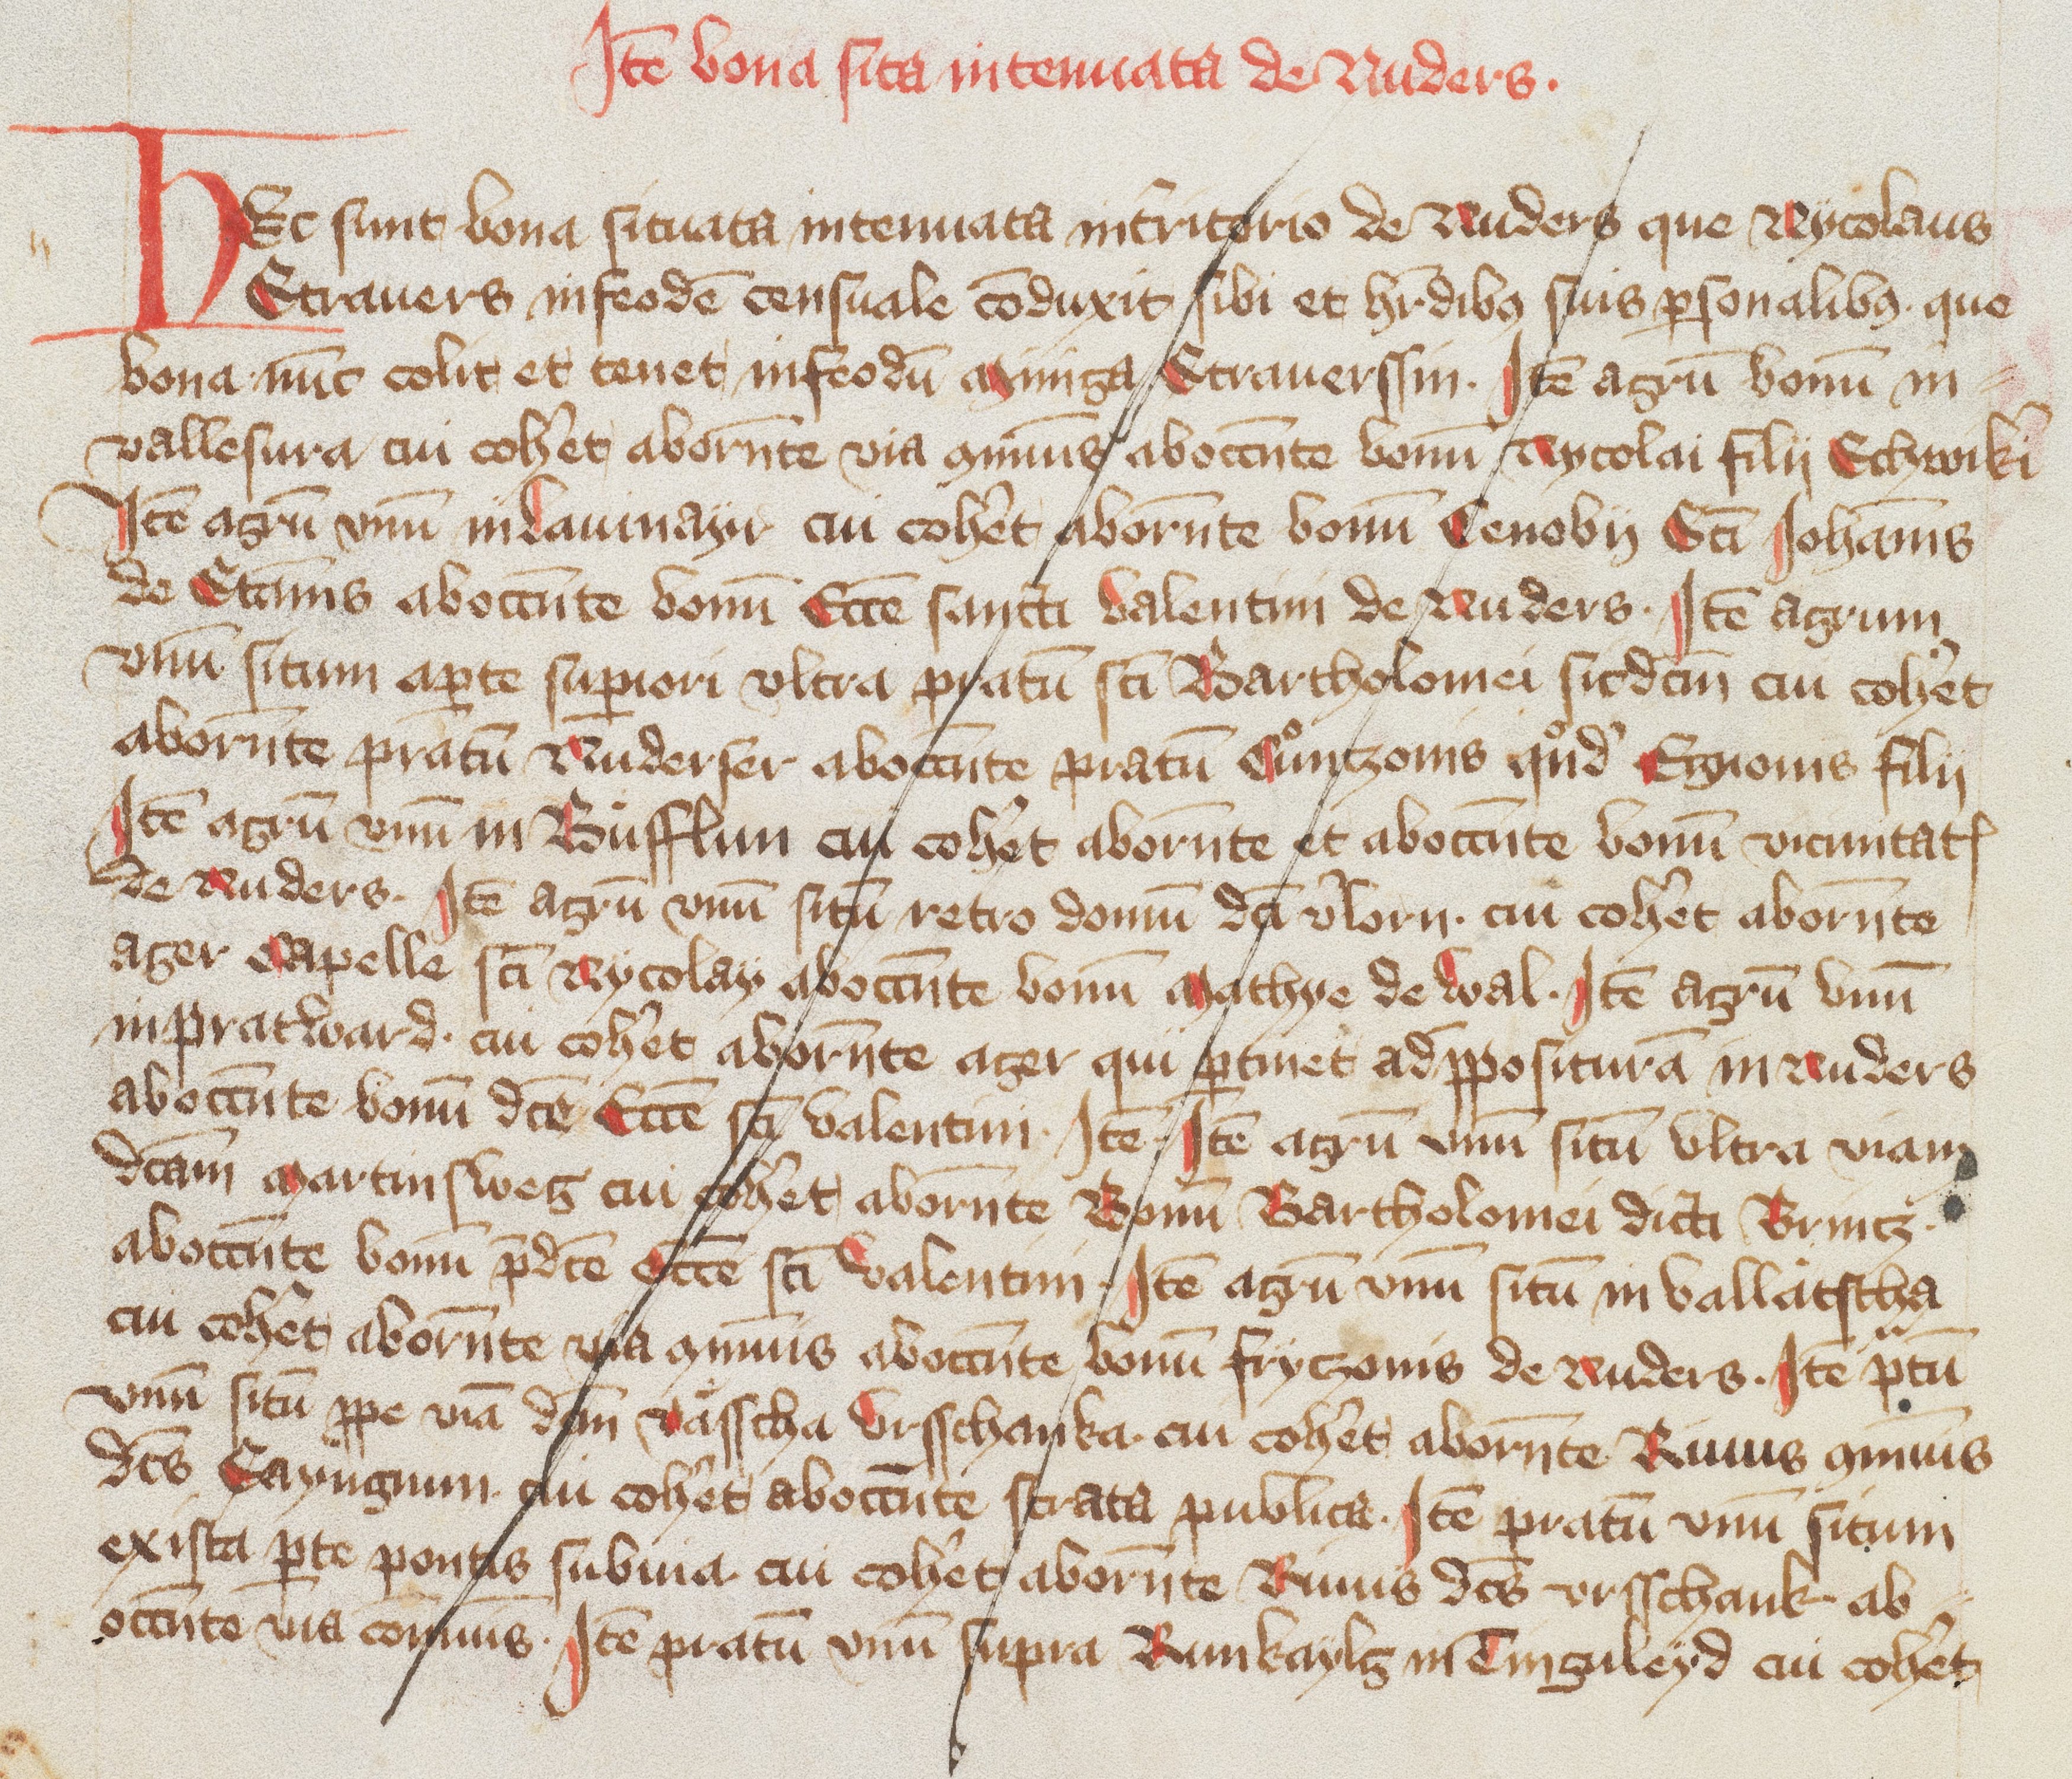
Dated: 1418–1418